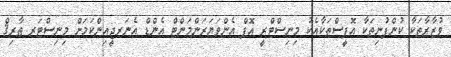
ވުޒާރާތަކާ ކުންފުނިތަކާ އޮފީސްތަކާއެކު މިނިސްޓްރީ އޮފް އެންވަޔަރަންމަންޓް އެންޑް އެނަރޖީއިންކަމަށް މިނިސްޓަރ ޠާރިޤް